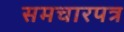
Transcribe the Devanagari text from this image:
समचारपत्र